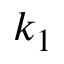
k _ { 1 }